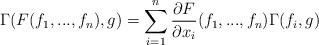
LaTeX: \begin{align*}\Gamma(F(f_1, ..., f_n),g)=\sum_{i=1}^n \frac{\partial F}{\partial x_i}(f_1,...,f_n)\Gamma(f_i,g)\end{align*}